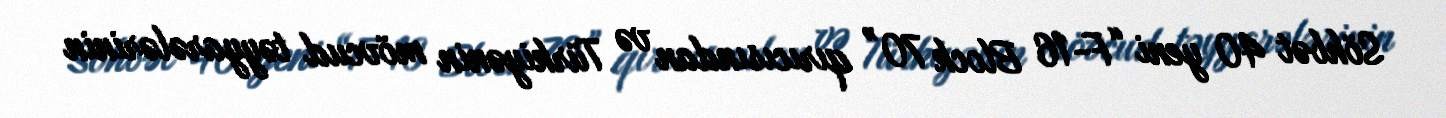
Söhbət 40 yeni “F-16 Block 70” qırıcısından və Türkiyənin mövcud təyyarələrinin